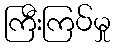
ကြီးကြပ်မှု